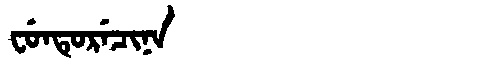
Manchu: ᠸᡠᠨᡨᡠᡵᡝᠴᡳᠨᠠ
Romanization: FUNTURECINA